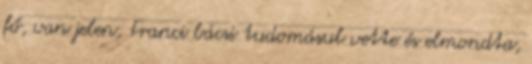
fő, van jelen, Franci bácsi tudomásul vette és elmondta,